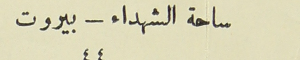
ساحة الشهداء - بيروت